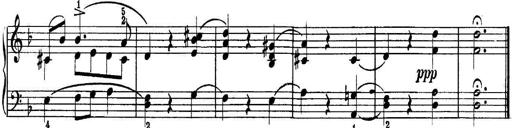
Title: Quatres sonatines
Composer: Tadeusz Joteyko